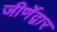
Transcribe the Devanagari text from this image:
जीर्णेद्वार